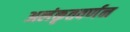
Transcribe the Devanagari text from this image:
अलंकृतवर्णन